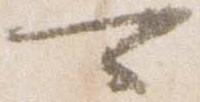
可